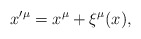
\begin{align*}x^{\prime \mu }=x^{\mu }+\xi ^{\mu }(x), \end{align*}